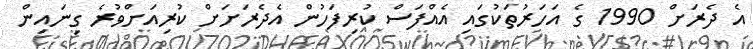
އެ ދެރަށް 1990 ގެ އަހަރުތަކުގައި އެއްފަސް ކުރިފަހުން އެދެރަށަށް ކުރިއަށްވުރެ ގިނައިން